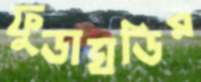
ফুডাঘডির